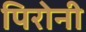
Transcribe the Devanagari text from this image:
पिरोनी